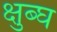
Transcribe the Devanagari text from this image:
क्षुब्घ